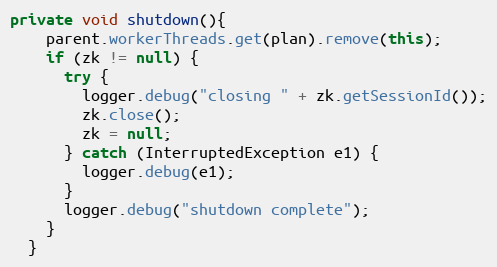
Language: Java
private void shutdown(){
    parent.workerThreads.get(plan).remove(this);
    if (zk != null) {
      try {
        logger.debug("closing " + zk.getSessionId());
        zk.close();
        zk = null;
      } catch (InterruptedException e1) {
        logger.debug(e1);
      }
      logger.debug("shutdown complete");
    }
  }